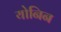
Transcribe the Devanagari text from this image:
योनिन